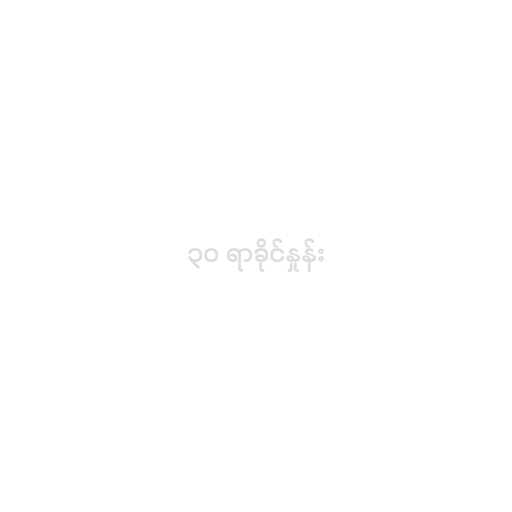
၃၀ ရာခိုင်နှုန်း